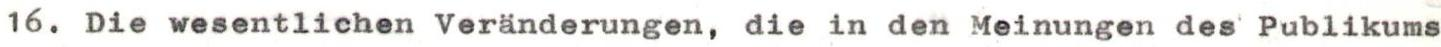
16. Die wesentlichen Veränderungen, die in den Meinungen des Publikums